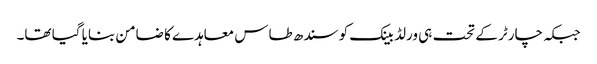
جبکہ چارٹر کے تحت ہی ورلڈ بینک کو سندھ طاس معاہدے کا ضامن بنایا گیا تھا۔